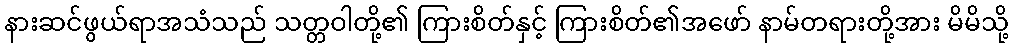
နားဆင်ဖွယ်ရာအသံသည် သတ္တဝါတို့၏ ကြားစိတ်နှင့် ကြားစိတ်၏အဖော် နာမ်တရားတို့အား မိမိသို့